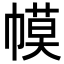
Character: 幙